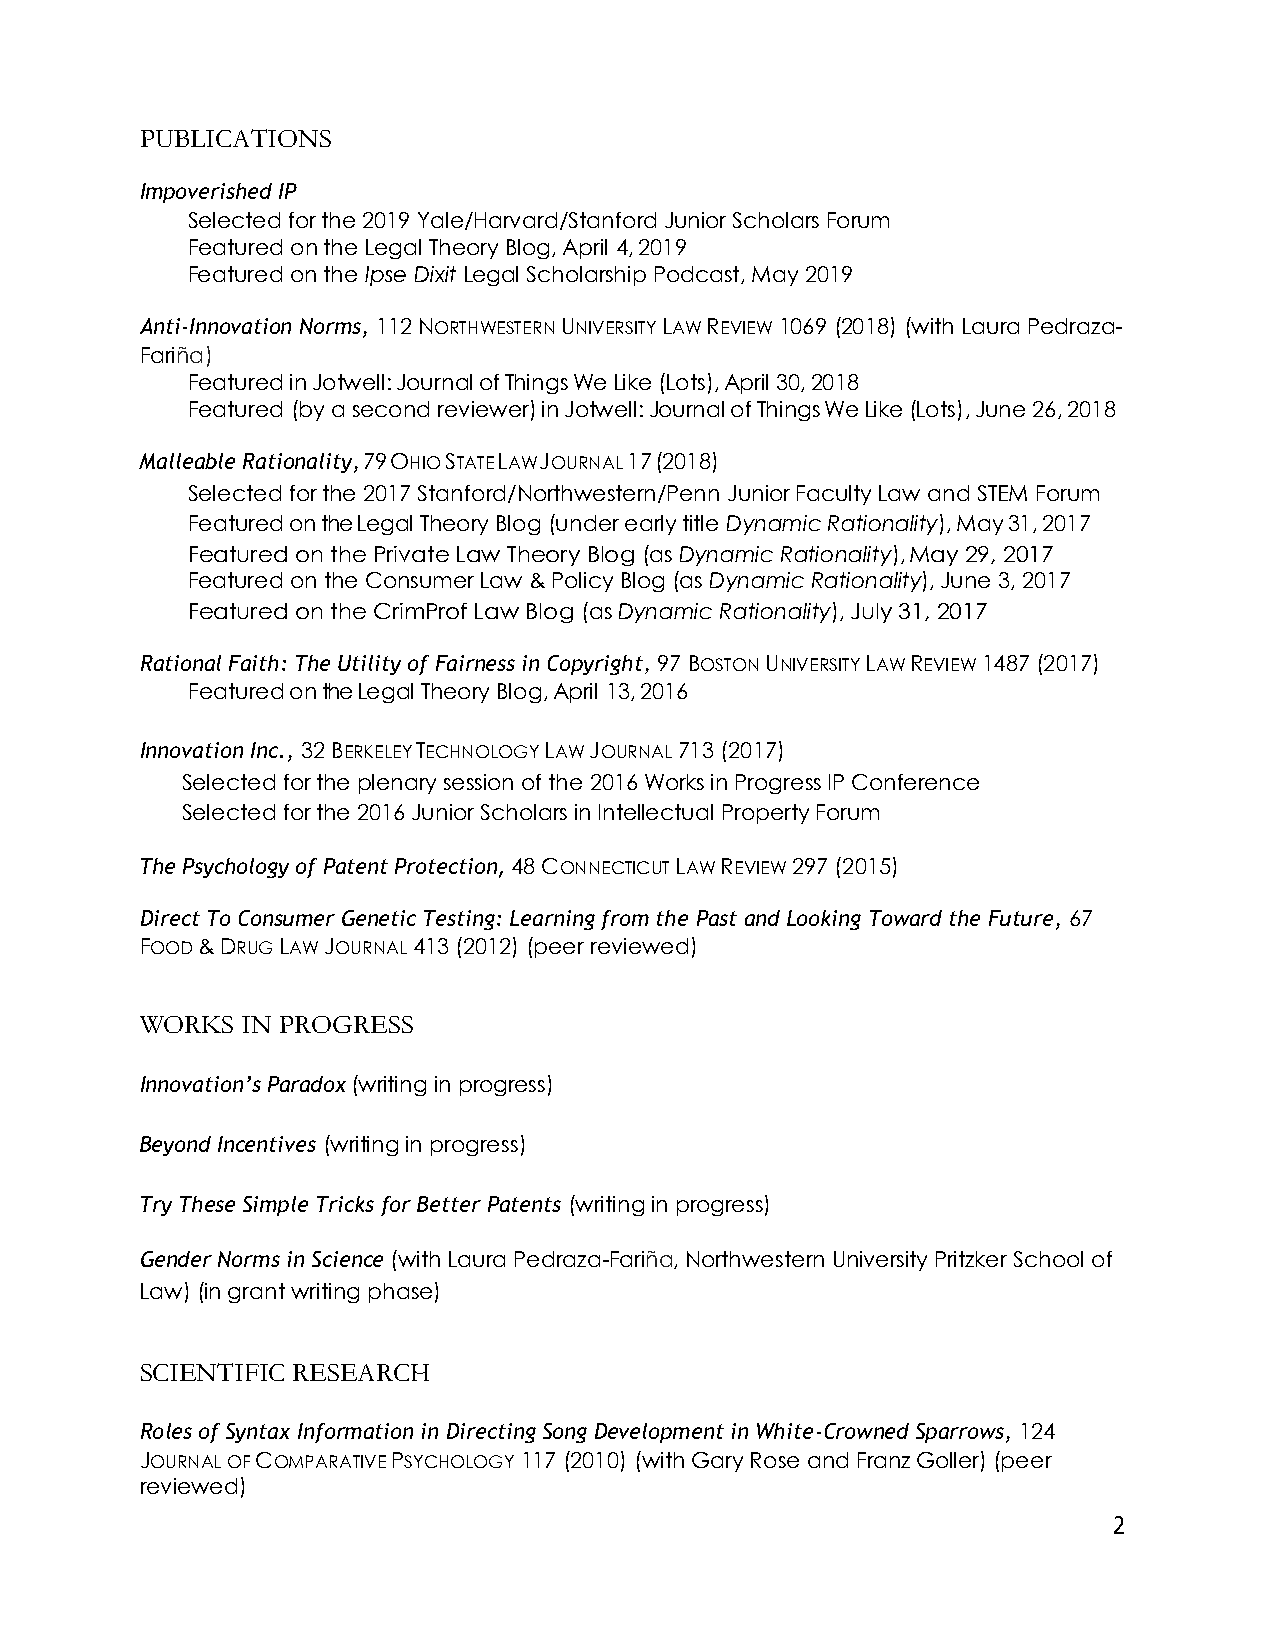
PUBLICATIONS
 Impoverished IP
 Selected for the 2019 Yale/Harvard/Stanford Junior Scholars Forum
 Featured on the Legal Theory Blog, April 4, 2019
 Featured on the Ipse Dixit Legal Scholarship Podcast, May 2019
 Anti-Innovation Norms, 112 NORTHWESTERN UNIVERSITY LAW REVIEW 1069 (2018) (with Laura Pedraza-
 Fariña)
 Featured in Jotwell: Journal of Things We Like (Lots), April 30, 2018
 Featured (by a second reviewer) in Jotwell: Journal of Things We Like (Lots), June 26, 2018
 Malleable Rationality, 79 OHIO STATE LAW JOURNAL 17 (2018)
 Selected for the 2017 Stanford/Northwestern/Penn Junior Faculty Law and STEM Forum
 Featured on the Legal Theory Blog (under early title Dynamic Rationality), May 31, 2017
 Featured on the Private Law Theory Blog (as Dynamic Rationality), May 29, 2017
 Featured on the Consumer Law & Policy Blog (as Dynamic Rationality), June 3, 2017
 Featured on the CrimProf Law Blog (as Dynamic Rationality), July 31, 2017
 Rational Faith: The Utility of Fairness in Copyright, 97 BOSTON UNIVERSITY LAW REVIEW 1487 (2017)
 Featured on the Legal Theory Blog, April 13, 2016
 Innovation Inc., 32 BERKELEY TECHNOLOGY LAW JOURNAL 713 (2017)
 Selected for the plenary session of the 2016 Works in Progress IP Conference
 Selected for the 2016 Junior Scholars in Intellectual Property Forum
 The Psychology of Patent Protection, 48 CONNECTICUT LAW REVIEW 297 (2015)
 Direct To Consumer Genetic Testing: Learning from the Past and Looking Toward the Future, 67
 FOOD & DRUG LAW JOURNAL 413 (2012) (peer reviewed)
 WORKS  IN PROGRESS
 Innovation’s Paradox (writing in progress)
 Beyond Incentives (writing in progress)
 Try These Simple Tricks for Better Patents (writing in progress)
 Gender Norms in Science (with Laura Pedraza-Fariña, Northwestern University Pritzker School of
 Law) (in grant writing phase)
 SCIENTIFIC RESEARCH
 Roles of Syntax Information in Directing Song Development in White-Crowned Sparrows, 124
 JOURNAL OF COMPARATIVE PSYCHOLOGY 117 (2010) (with Gary Rose and Franz Goller) (peer
 reviewed)
 2